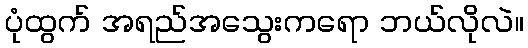
ပုံထွက် အရည်အသွေးကရော ဘယ်လိုလဲ။